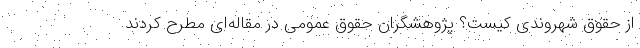
از حقوق شهروندی کیست؟ پژوهشگران حقوق عمومی در مقاله‌ای مطرح کردند